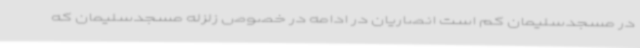
در مسجدسلیمان کم است انصاریان در ادامه در خصوص زلزله مسجدسلیمان که